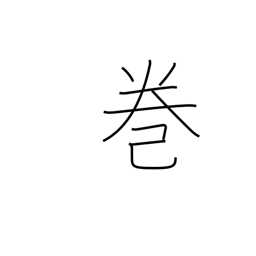
Meaning: book